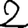
Digit: 2